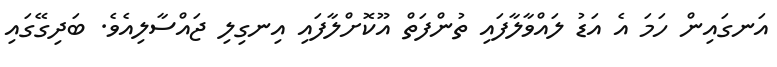
އަނގައިން ހަމަ އެ އަޑު ލައްވާލާފައި ތުންފަތް އޫކޮށްލާފައި އިނގިލި ޖައްސާލިއެވެ. ބަދިގޭގައި